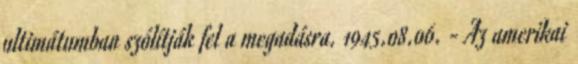
ultimátumban szólítják fel a megadásra. 1945.08.06. - Az amerikai